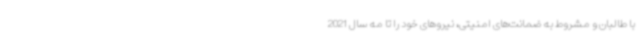
با طالبان و مشروط به ضمانت‌های امنیتی، نیروهای خود را تا مه سال 2021